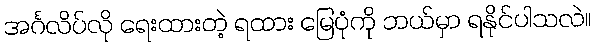
အင်္ဂလိပ်လို ရေးထားတဲ့ ရထား မြေပုံကို ဘယ်မှာ ရနိုင်ပါသလဲ။